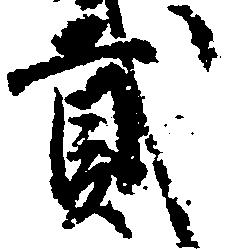
弐